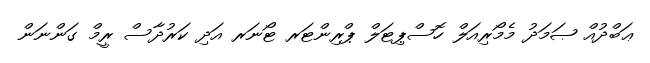
ޢަބްދުއް ޞަމަދު މެމޯރިއަލް ހޮސްޕިޓަލް ޕްރިންޓަރ ޓޯނަރ އަދި ކަރުދާސް ރީމް ގަންނަން